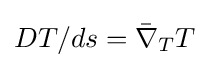
DT/ds={\bar {\nabla }}_{T}T